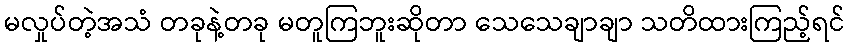
မလှုပ်တဲ့အသံ တခုနဲ့တခု မတူကြဘူးဆိုတာ သေသေချာချာ သတိထားကြည့်ရင်